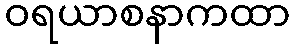
ဝရယာစနာကထာ